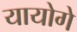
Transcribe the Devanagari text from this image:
यायोगे